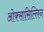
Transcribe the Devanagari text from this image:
ओक्सासिल्लिन